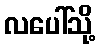
လပေါ်သို့